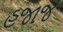
હજાજ